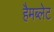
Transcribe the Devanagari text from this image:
हैमब्लेट